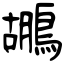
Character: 鶘